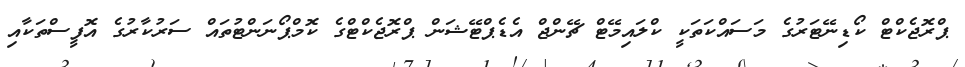
ޕްރޮޖެކްޓް ކޯޑިނޭޓަރުގެ މަސައްކަތަކީ ކްލައިމޭޓް ޗޭންޖް އެޑެޕްޓޭޝަން ޕްރޮޖެކްޓްގެ ކޮމްޕޯނަންޓުތައް ސަރުކާރުގެ އޮފީސްތަކާއި